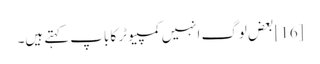
[16] بعض لوگ انہیں کمپیوٹر کا باپ کہتے ہیں۔